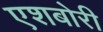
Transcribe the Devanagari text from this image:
एशबोरी